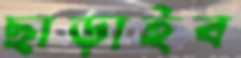
ছাড়াইব